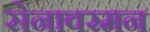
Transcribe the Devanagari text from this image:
सेनावरमन